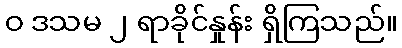
ဝ ဒသမ ၂ ရာခိုင်နှုန်း ရှိကြသည်။